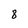
Character: 8